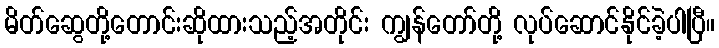
မိတ်ဆွေတို့တောင်းဆိုထားသည့်အတိုင်း ကျွန်တော်တို့ လုပ်ဆောင်နိုင်ခဲ့ပါပြီ။